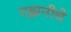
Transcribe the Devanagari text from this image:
गझनीचे